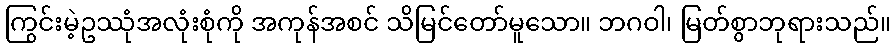
ကြွင်းမဲ့ဥဿုံအလုံးစုံကို အကုန်အစင် သိမြင်တော်မူသော။ ဘဂဝါ၊ မြတ်စွာဘုရားသည်။